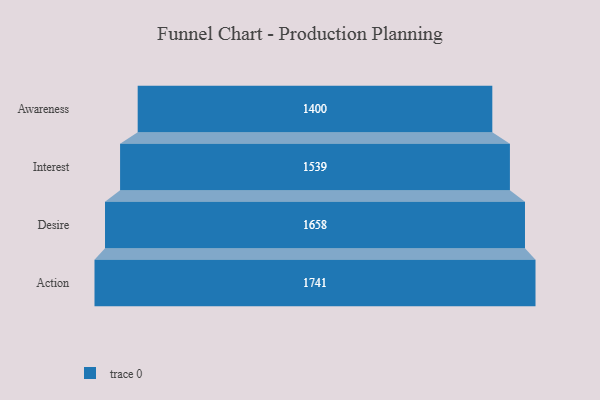
{"axis": {"x": "Stage", "y": "Value"}, "legend": [""], "data": [{"x": "Awareness", "y": 1400.0, "type": ""}, {"x": "Interest", "y": 1539.0, "type": ""}, {"x": "Desire", "y": 1658.0, "type": ""}, {"x": "Action", "y": 1741.0, "type": ""}]}